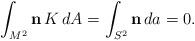
LaTeX: \begin{align*} \int_{M^2} {\bf n}\, K \, dA = \int_{S^2} {\bf n} \, da = 0.\end{align*}